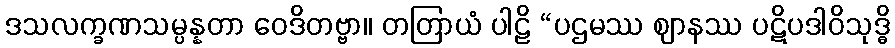
ဒသလက္ခဏသမ္ပန္နတာ ဝေဒိတဗ္ဗာ။ တတြာယံ ပါဠိ “ပဌမဿ ဈာနဿ ပဋိပဒါဝိသုဒ္ဓိ